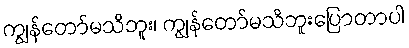
ကျွန်တော်မသိဘူး၊ ကျွန်တော်မသိဘူးပြောတာပါ